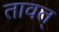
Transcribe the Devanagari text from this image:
तावत्